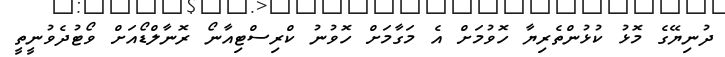
ދުނިޔޭގެ މޮޅު ކުޅުންތެރިޔާ ހޮވުމަށް އެ މަގާމަށް ހޮވުނު ކްރިސްޓިއާނޯ ރޮނާލްޑޯއަށް ވޯޓުދެވުނީތީ